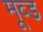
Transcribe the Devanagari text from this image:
मूव्ड